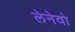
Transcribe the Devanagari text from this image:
लेनेवो